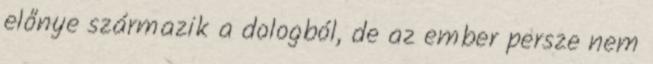
előnye származik a dologból, de az ember persze nem